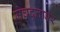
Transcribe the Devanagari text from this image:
मेघदूतावर